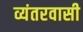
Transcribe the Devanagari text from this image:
व्यंतरवासी